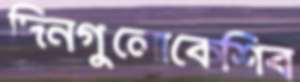
দিনগুলোকেশিব